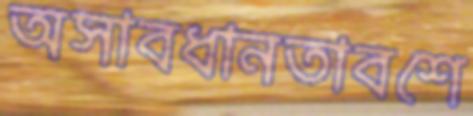
অসাবধানতাবশে